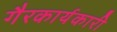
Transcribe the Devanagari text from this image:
गैरकार्यकारी